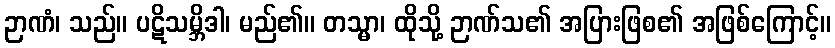
ဉာဏံ၊ သည်။ ပဋိသမ္ဘိဒါ၊ မည်၏။ တသ္မာ၊ ထိုသို့ ဉာဏ်သ၏ အပြားဖြစ၏ အဖြစ်ကြောင့်။